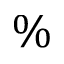
\%